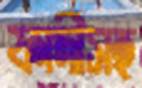
ফাদীসহ